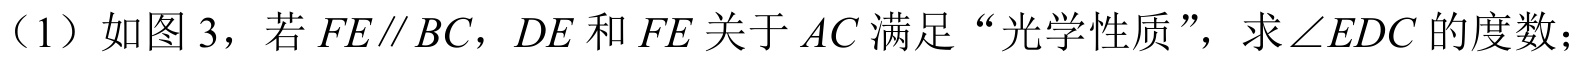
（1）如图 3，若\(FE\parallel BC\)，\(DE\)和\(FE\)关于\(AC\)满足“光学性质”，求\(\angle EDC\)的度数；